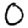
Digit: 0